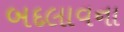
બદલાવના